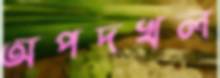
অপদখল